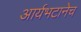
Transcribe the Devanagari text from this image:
आर्यभटानेच